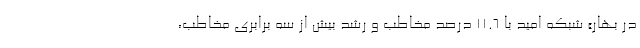
در بهار» شبکه امید با 11.6 درصد مخاطب و رشد بیش از سه برابری مخاطب،